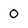
Character: O